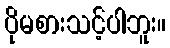
ပိုမစားသင့်ပါဘူး။